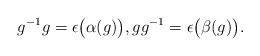
LaTeX: \begin{gather*} g ^{-1} g = \epsilon \bigl( \alpha (g) \bigr) , g g ^{-1} = \epsilon \bigl( \beta (g) \bigr) . \end{gather*}